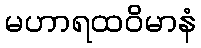
မဟာရထဝိမာနံ